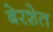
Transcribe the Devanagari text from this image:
बेरशेत